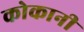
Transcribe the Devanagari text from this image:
कोकानी